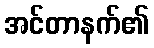
အင်တာနက်၏